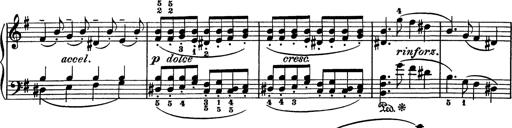
Title: AnnÃ©es de pÃ¨lerinage I
Composer: Franz Liszt